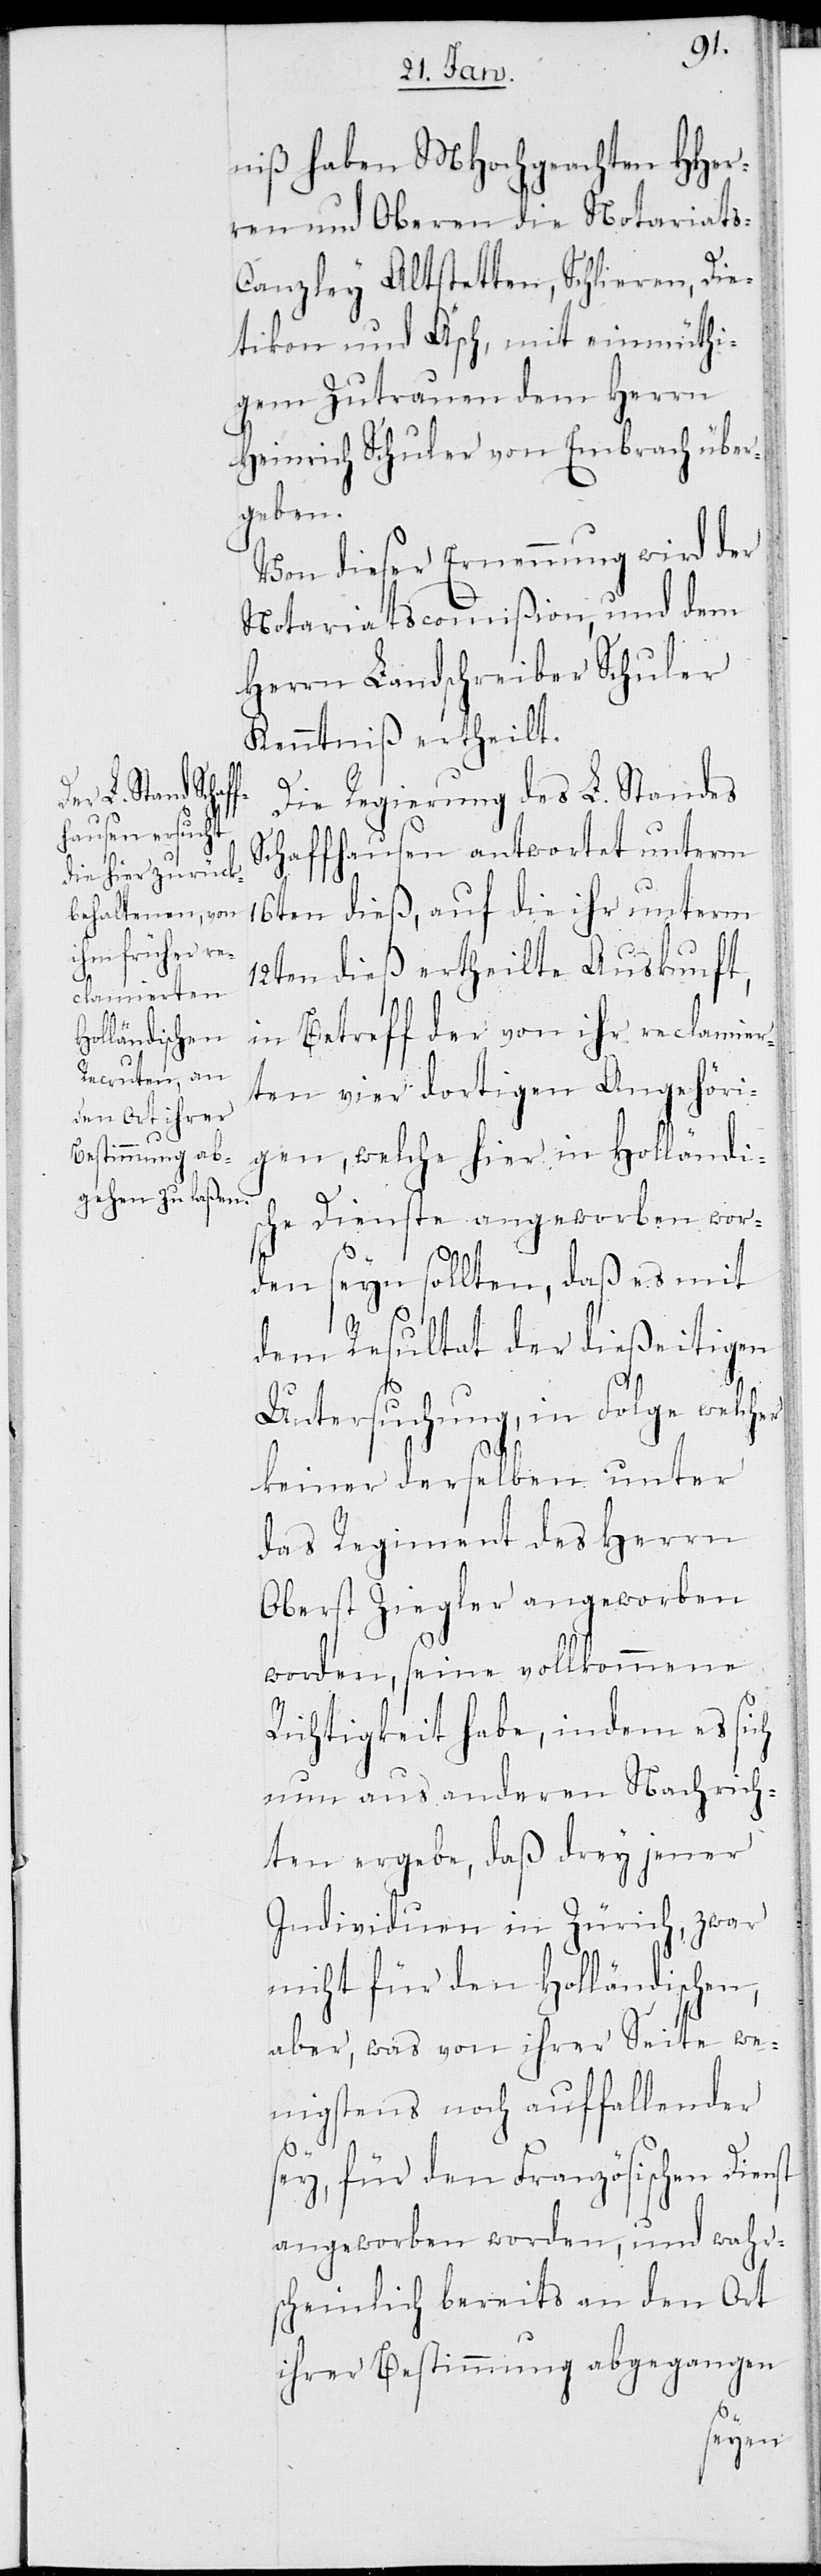
niß haben MHochgeachten HHer¬
ren und Oberen die Notariats-C¬
anzley Altstetten, Schlieren, Die¬
tikon und Äsch, mit einmüthi¬
gem Zutrauen dem Herrn
Heinrich Schuler von Embrach über¬
geben.
Von dieser Ernennung wird der
Notariatscommißion, und dem
Herrn Landschreiber Schuler
Kenntniß ertheilt.
Die Regierung des L. Standes
Schaffhausen antwortet unterm
16ten dieß, auf die ihr unterm
12ten dieß ertheilte Auskunft,
in Betreff der von ihr reclamier¬
ten vier dortigen Angehöri¬
gen, welche hier in Holländis¬
che Dienste angeworben wor¬
den seyn sollten, daß es mit
dem Resultat der dießeitigen
Untersuchung, in Folge welcher
keiner derselben unter
das Regiment des Herrn
Oberst Ziegler angeworben
worden, seine vollkommene
Richtigkeit habe, indem es sich
nun aus anderen Nachrich¬
ten ergebe, daß drey jener
Individuen in Zürich, zwar
nicht für den Holländischen,
aber, was von ihrer Seite we¬
nigstens noch auffallender
sey, für den Französischen Dienst
angeworben worden, und wahr¬
scheinlich bereits an den Ort
ihrer Bestimmung abgegangen